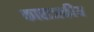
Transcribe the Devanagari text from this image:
काराजकीय